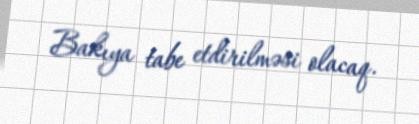
Bakıya tabe etdirilməsi olacaq.